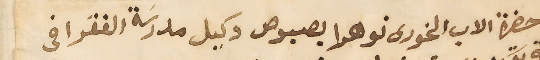
حضرة الاب الخورى نوهرا بصبوص وكيل مدرسَة الفقرا فى